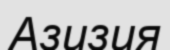
Азизия